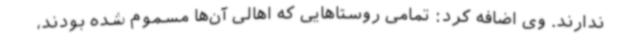
ندارند. وی اضافه کرد: تمامی روستاهایی که اهالی آن‌ها مسموم‌ شده بودند،